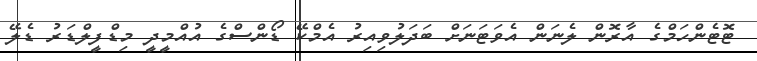
ޓޮޓެންހަމްގެ އާރޮން ލެނަން އެވަޓަނަށް ބަދަލުވިިއިރު އެމްކޭ ޑޯންސްގެ އުއްމީދީ މިޑްފީލްޑަރު ޑެލޭ